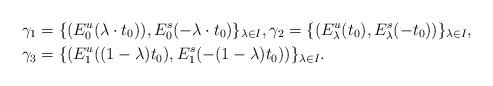
LaTeX: \begin{align*}\gamma_1&=\{(E^u_0(\lambda\cdot t_0)),E^s_0(-\lambda\cdot t_0)\}_{\lambda\in I},\gamma_2=\{(E^u_\lambda(t_0),E^s_\lambda(-t_0))\}_{\lambda\in I},\\ \gamma_3&=\{(E^u_1((1-\lambda)t_0), E^s_1(-(1-\lambda)t_0))\}_{\lambda\in I}. \end{align*}